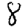
Digit: 8